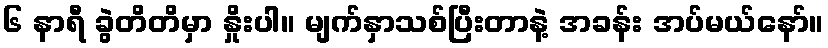
၆ နာရီ ခွဲတိတိမှာ နှိုးပါ။ မျက်နှာသစ်ပြီးတာနဲ့ အခန်း အပ်မယ်နော်။